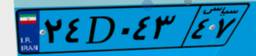
۲۴D۰۴۳۴۷